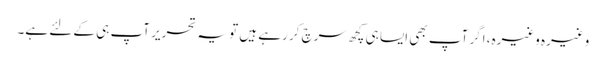
وغیرہ وغیرہ، اگر آپ بھی ایسا ہی کچھ سرچ کر رہے ہیں تو یہ تحریر آپ ہی کے لئے ہے۔